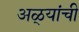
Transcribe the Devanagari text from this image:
अळ्यांची